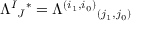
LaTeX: \Lambda ^ { I } { } _ { J } { } ^ { * } = \Lambda ^ { ( i _ { 1 } , i _ { 0 } ) } { } _ { ( j _ { 1 } , j _ { 0 } ) }